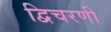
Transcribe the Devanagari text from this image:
द्विचरणी